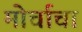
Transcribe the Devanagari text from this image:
मोर्चाचा